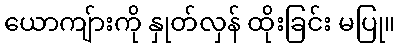
ယောကျ်ားကို နှုတ်လှန် ထိုးခြင်း မပြု။